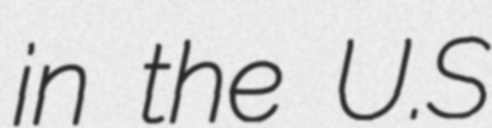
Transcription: in the U.S